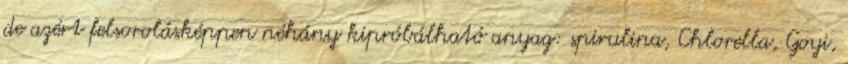
de azért felsorolásképpen néhány kipróbálható anyag: spirulina, Chlorella, Goyi,